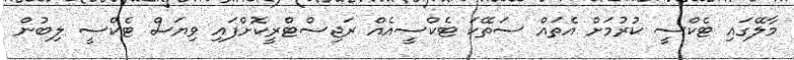
މާލޭގައި ޓެކްސީ ކުރުމަށް އެތައް ސަތޭކަ ޓެކްސީއެއް ރަޖިސްޓްރީކޮށްފައި ވިޔަސް ޓެކްސީ ލިބުން